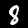
Digit: 8